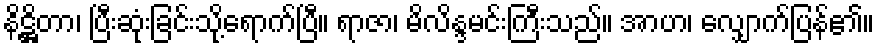
နိဋ္ဌိတာ၊ ပြီးဆုံးခြင်းသို့ရောက်ပြီ။ ရာဇာ၊ မိလိန္ဒမင်းကြီးသည်။ အာဟ၊ လျှောက်ပြန်၏။